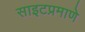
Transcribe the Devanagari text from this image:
साइटप्रमाणे